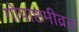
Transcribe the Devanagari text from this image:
गोपाष्टमीव्रत